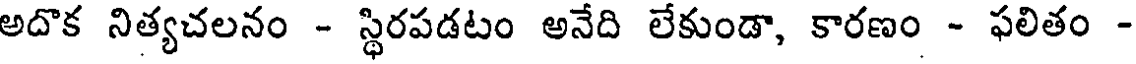
అదొక నిత్యచలనం - స్థిరపడటం అనేది లేకుండా, కారణం - ఫలితం -